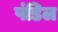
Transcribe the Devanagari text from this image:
पंडिल